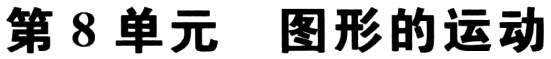
第8单元 图形的运动